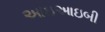
આઇઆઇબી